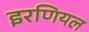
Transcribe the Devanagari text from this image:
इरणियल